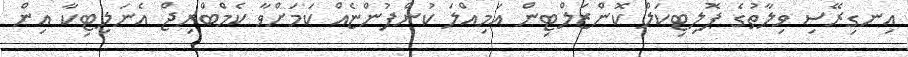
އިނގިރޭސި ވިލާތުގެ ޕޮލިޓިކަލް ކޮންޒަލްޓިން އަމިއްލަ ކުންފުންޏެއް ކަމަށްވާ ކެމްބްރިޖް އެނަލިޓިކާ އިން